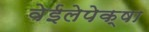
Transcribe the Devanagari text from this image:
वेईलेपेक्षा